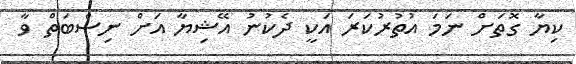
ކިޔާ ގޮތަށް ނަމަ އުތުރުކަރަ އަކީ ދެކުނު އޭޝިޔާ އަށް ނިސްބަތް ވާ